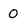
Character: O